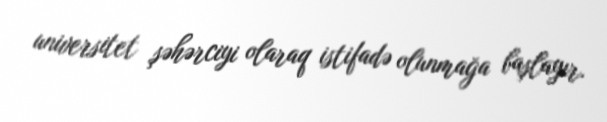
universitet şəhərciyi olaraq istifadə olunmağa başlayır.